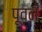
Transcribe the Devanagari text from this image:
पूवन